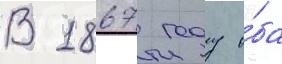
В 1867 году о́ба